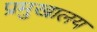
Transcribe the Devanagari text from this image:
प्रमुखालय